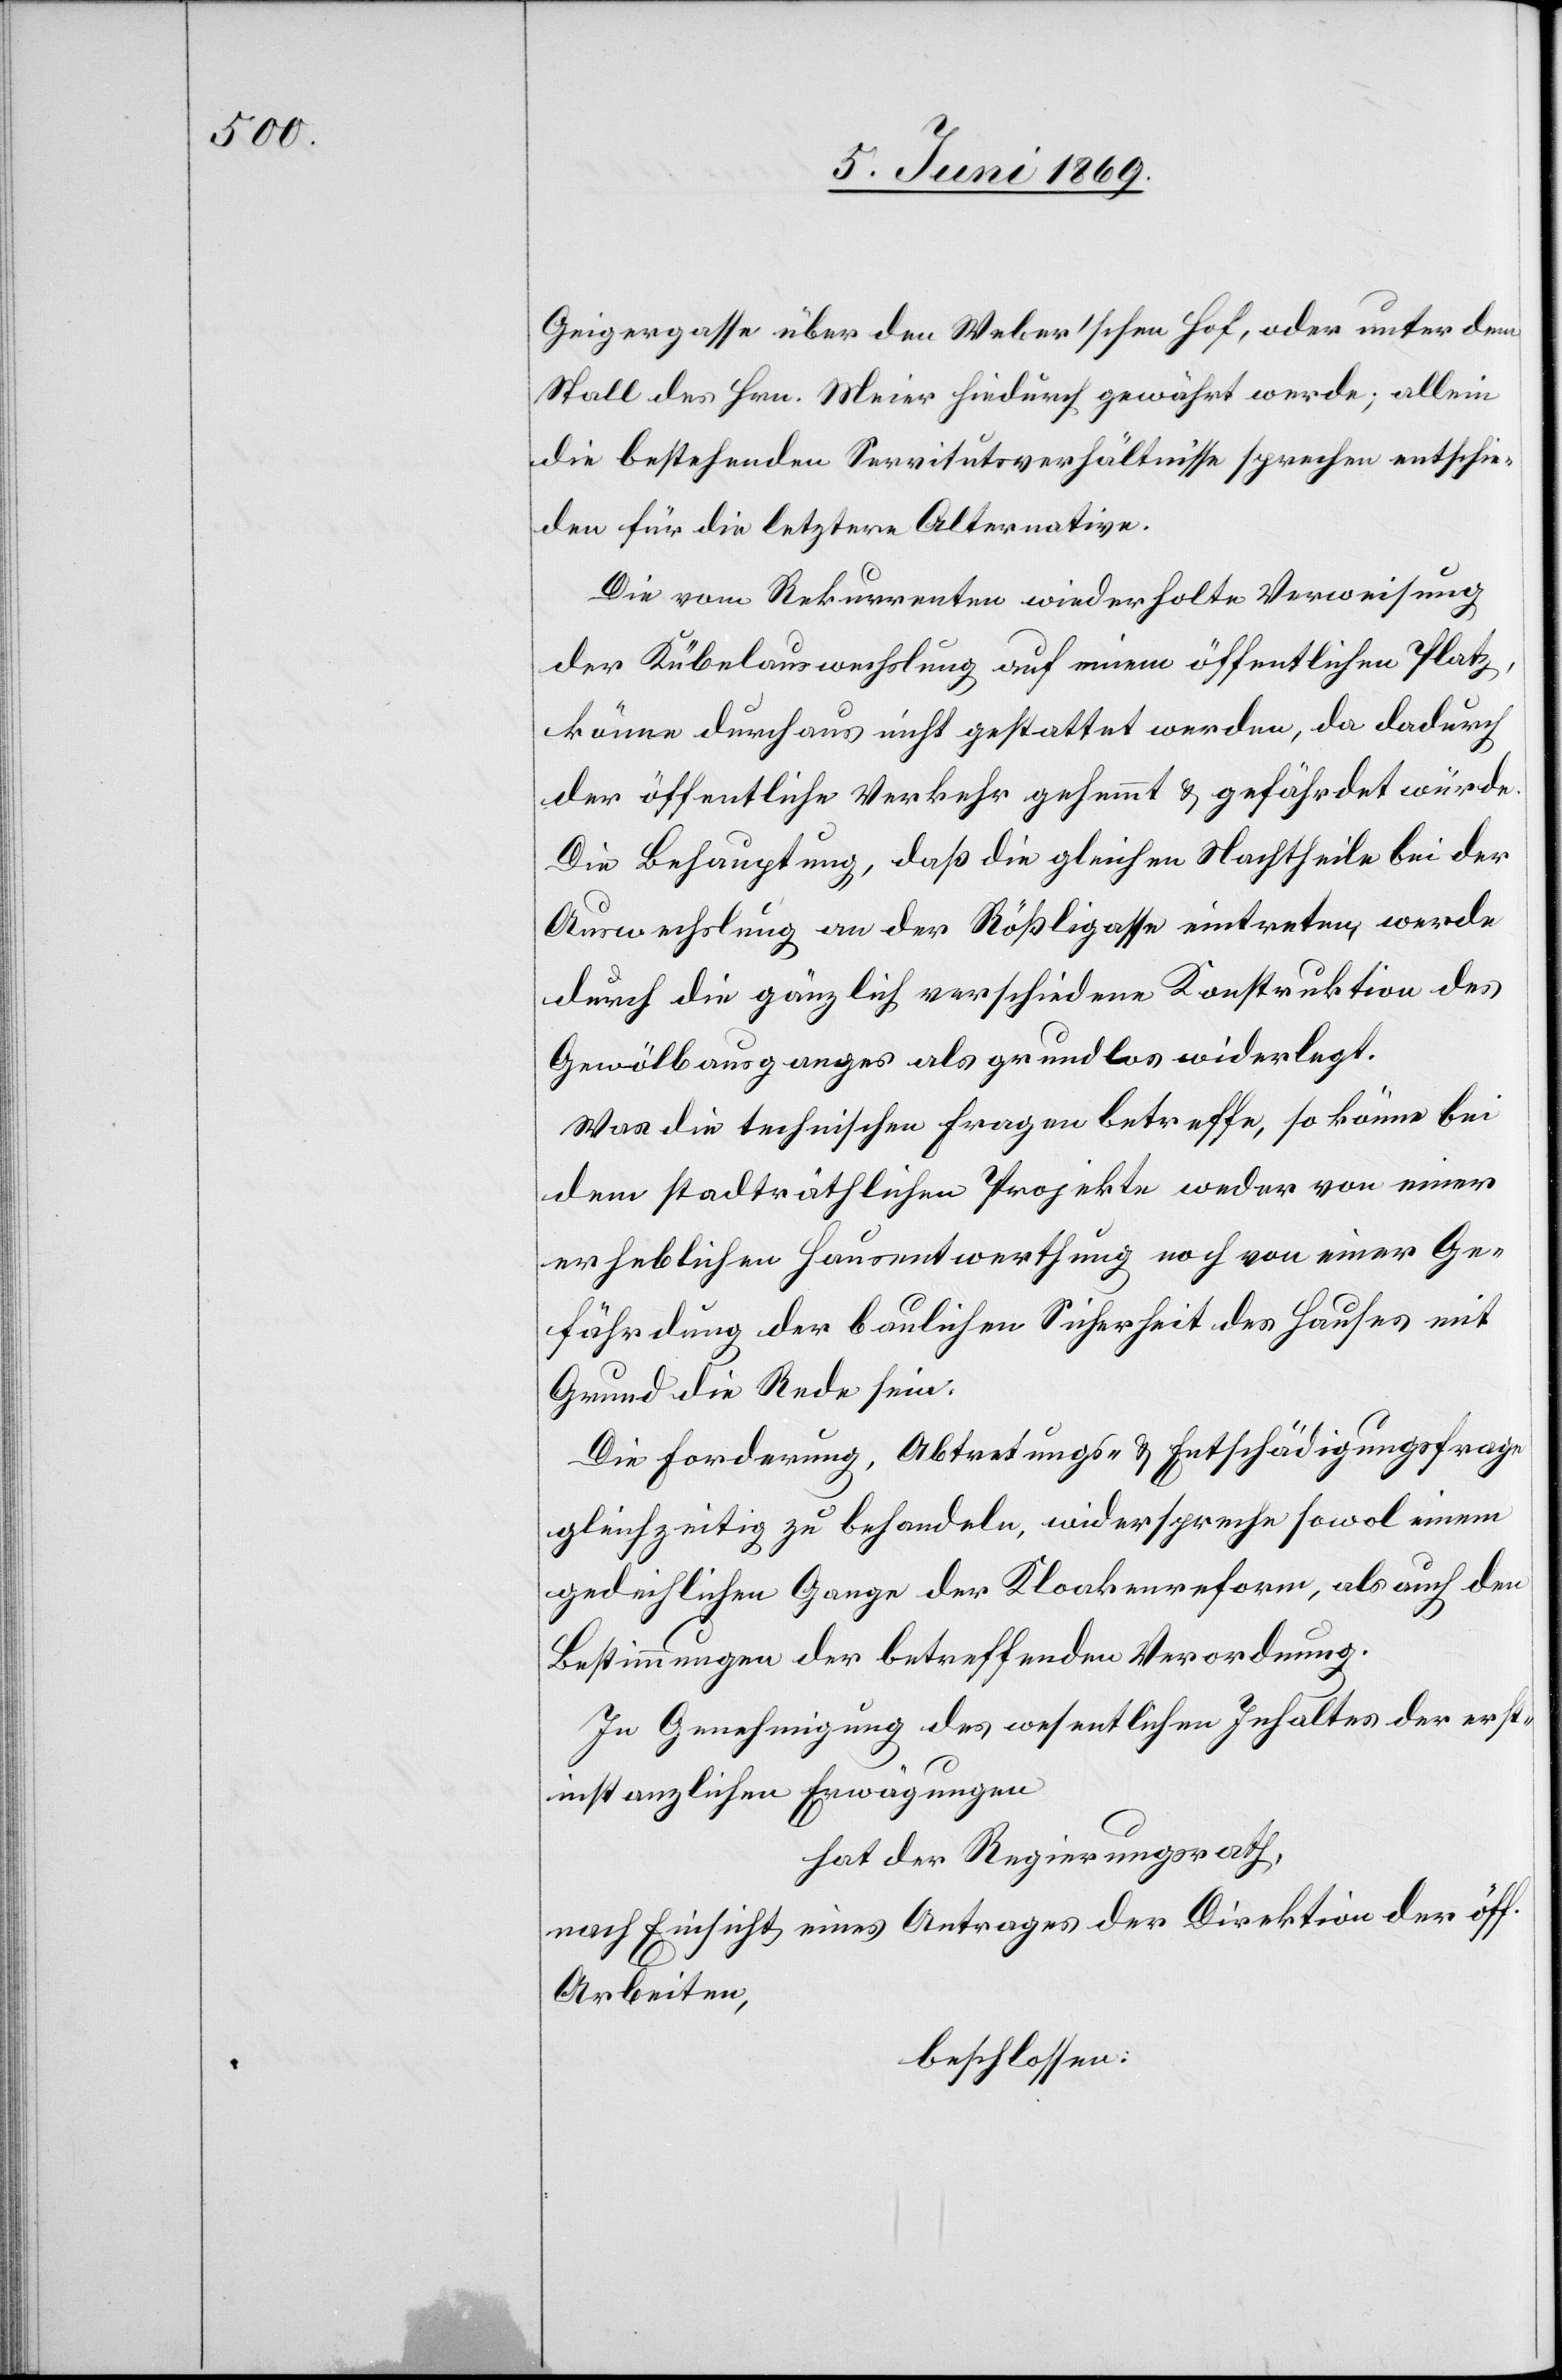
Geigergasse über den Weber’schen Hof, oder unter dem
Stall des Hrn. Meier hiedurch gewährt werde; allein
die bestehenden Servitutsverhältnisse sprechen entschie¬
den für die letztere Alternative.
Die vom Rekurrenten wiederholte Verweisung
der Kübelauswechslung auf einen öffentlichen Platz,
könne durchaus nicht gestattet werden, da dadurch
der öffentliche Verkehr gehemmt u. gefährdet würde.
Die Behauptung, daß die gleichen Nachtheile bei der
Auswechslung an der Rößligasse eintreten werden
durch die gänzlich verschiedene Konstruktion des
Gewölbsausganges als grundlos widerlegt.
Was die technischen Fragen betreffe, so könne bei
dem stadträthlichen Projekte weder von einer
erheblichen Hausentwerthung noch von einer Ge¬
fährdung der baulichen Sicherheit des Hauses mit
Grund die Rede sein.
Die Forderung, Abtretungs- u. Entschädigungsfrage
gleichzeitig zu behandeln, widerspreche sowol einem
gedeihlichen Gange der Kloakenreform, als auch den
Bestimmungen der betreffenden Verordnung.
In Genehmigung des wesentlichen Inhaltes der erst¬
instanzlichen Erwägungen.
Hat der Regierungsrath,
nach Einsicht eines Antrages der Direktion der öff.
Arbeiten,
beschlossen: